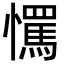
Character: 𢤇